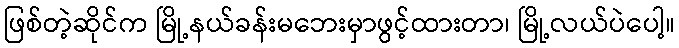
ဖြစ်တဲ့ဆိုင်က မြို့နယ်ခန်းမဘေးမှာဖွင့်ထားတာ၊ မြို့လယ်ပဲပေါ့။